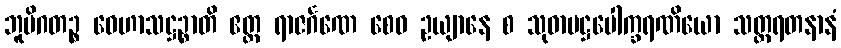
ဘူမိဂတဉ္စ ဝေဟာသဋ္ဌဉ္စာတိ ဧတ္ထ ရာဇင်္ဂဏေ စေဝ ဥယျာနေ စ သုဓာမဋ္ဌပေါက္ခရဏိယော သတ္တရတနာနံ